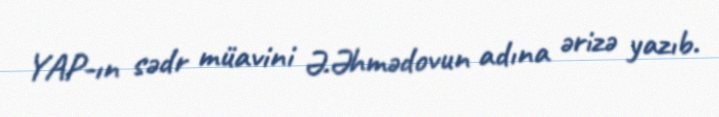
YAP-ın sədr müavini Ə.Əhmədovun adına ərizə yazıb.